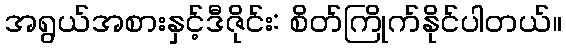
အရွယ်အစားနှင့်ဒီဇိုင်း: စိတ်ကြိုက်နိုင်ပါတယ်။